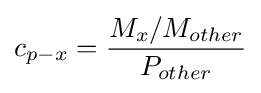
c_{p-x}={\frac {M_{x}/M_{other}}{P_{other}}}